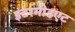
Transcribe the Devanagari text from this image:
इंटरमीडएट